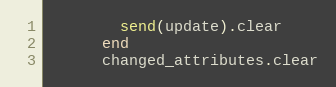
Language: Ruby
        send(update).clear
      end
      changed_attributes.clear